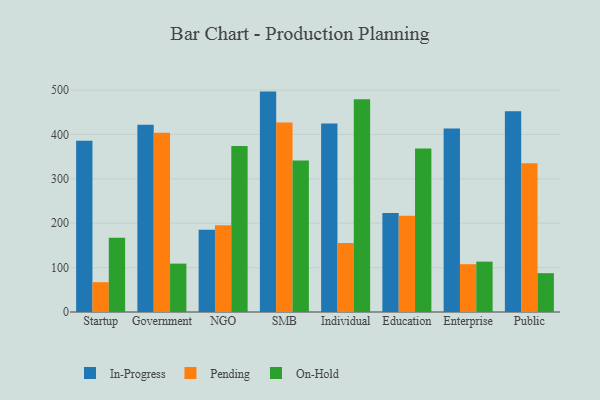
{"axis": {"x": "Segment", "y": "Conversion Rate (%)"}, "legend": ["In-Progress", "On-Hold", "Pending"], "data": [{"x": "Startup", "y": 386.1, "type": "In-Progress"}, {"x": "Startup", "y": 67.2, "type": "Pending"}, {"x": "Startup", "y": 167.2, "type": "On-Hold"}, {"x": "Government", "y": 421.9, "type": "In-Progress"}, {"x": "Government", "y": 404.0, "type": "Pending"}, {"x": "Government", "y": 109.0, "type": "On-Hold"}, {"x": "NGO", "y": 185.4, "type": "In-Progress"}, {"x": "NGO", "y": 195.2, "type": "Pending"}, {"x": "NGO", "y": 373.9, "type": "On-Hold"}, {"x": "SMB", "y": 496.6, "type": "In-Progress"}, {"x": "SMB", "y": 426.7, "type": "Pending"}, {"x": "SMB", "y": 341.1, "type": "On-Hold"}, {"x": "Individual", "y": 424.8, "type": "In-Progress"}, {"x": "Individual", "y": 155.6, "type": "Pending"}, {"x": "Individual", "y": 479.6, "type": "On-Hold"}, {"x": "Education", "y": 223.2, "type": "In-Progress"}, {"x": "Education", "y": 217.1, "type": "Pending"}, {"x": "Education", "y": 368.5, "type": "On-Hold"}, {"x": "Enterprise", "y": 413.3, "type": "In-Progress"}, {"x": "Enterprise", "y": 107.7, "type": "Pending"}, {"x": "Enterprise", "y": 113.5, "type": "On-Hold"}, {"x": "Public", "y": 452.4, "type": "In-Progress"}, {"x": "Public", "y": 335.4, "type": "Pending"}, {"x": "Public", "y": 87.5, "type": "On-Hold"}]}